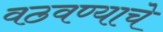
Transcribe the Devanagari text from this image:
वठवण्याचे